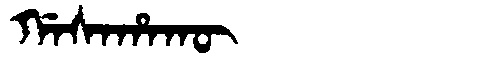
Manchu: ᡤᠠᠰᠠᡥᠠᡴᡡ
Romanization: GASAHAKŪ